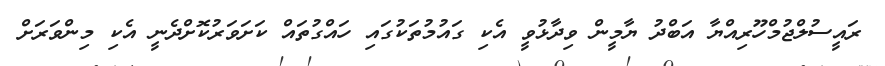
ރައީސުލްޖުމްހޫރިއްޔާ އަބްދު ޔާމީން ވިދާޅުވީ އެކި ގައުމުތަކުގައި ހައްގުތައް ކަށަވަރުކޮށްދެނީ އެކި މިންވަރަށް